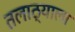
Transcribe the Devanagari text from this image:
तलाठ्याला